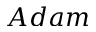
A d a m